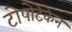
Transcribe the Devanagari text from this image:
टोपोटेकेन